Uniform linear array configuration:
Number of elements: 4
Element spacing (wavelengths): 0.5
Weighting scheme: binomial
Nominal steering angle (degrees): -15
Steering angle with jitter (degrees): -14.667
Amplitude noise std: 0.05
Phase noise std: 0.05

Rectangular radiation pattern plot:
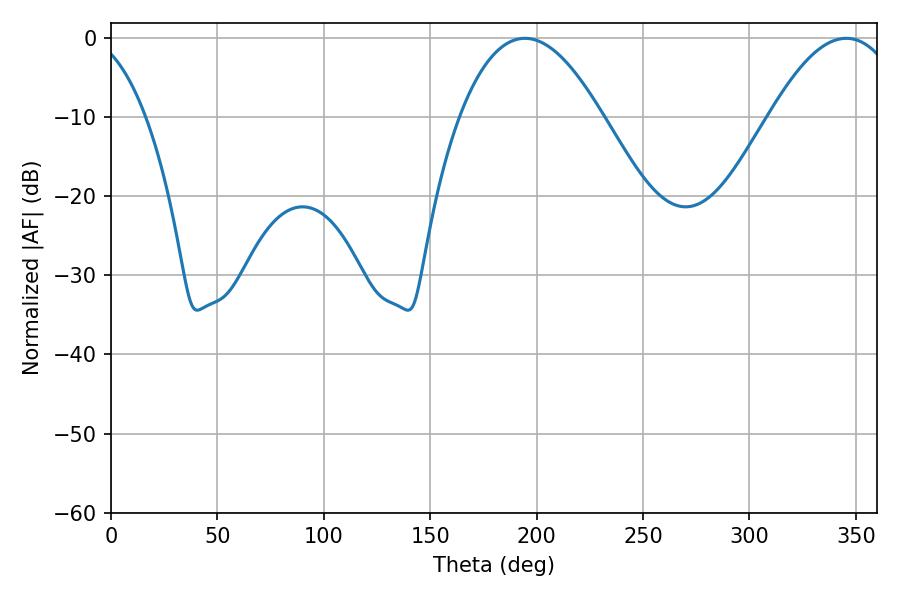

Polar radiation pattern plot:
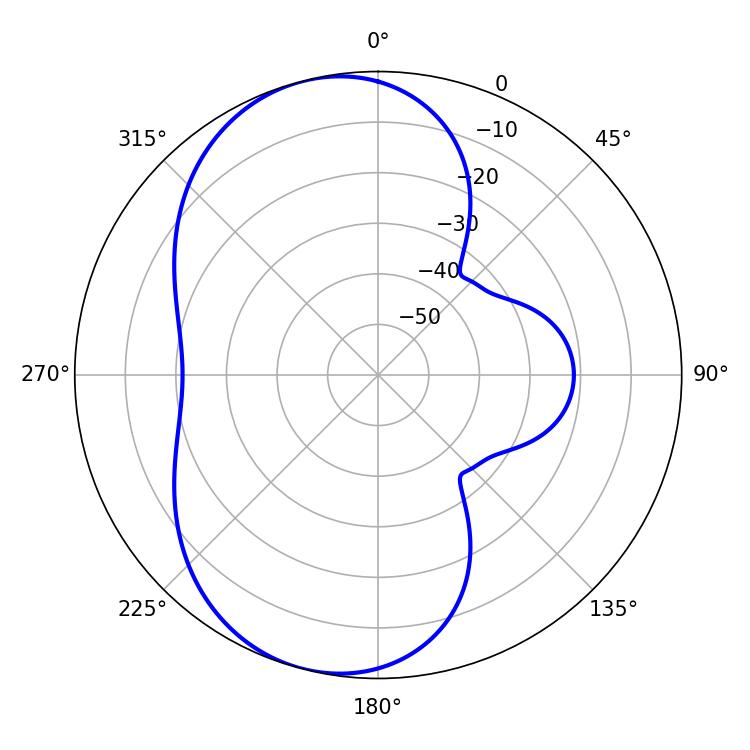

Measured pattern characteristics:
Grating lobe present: FALSE
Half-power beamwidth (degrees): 36.9
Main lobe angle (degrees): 194.58